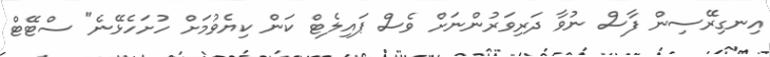
އިނގިރޭސިން ފާސް ނުވާ ދަރިވަރުންނަށް ވެސް ޕައިލެޓް ކަން ކިޔެވުމަށް ހުށަހެޅޭނެ" ސްޓޭޓް